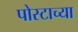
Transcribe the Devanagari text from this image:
पोस्टाच्या